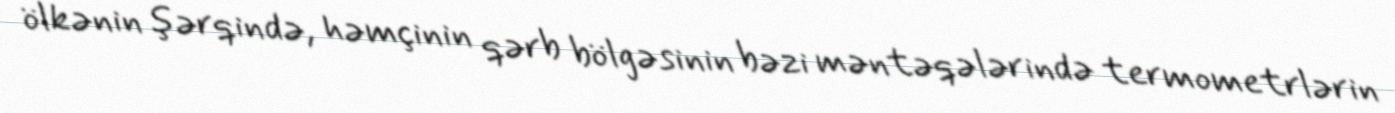
ölkənin şərqində, həmçinin qərb bölgəsinin bəzi məntəqələrində termometrlərin